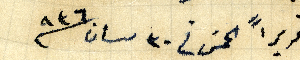
تحريراً الخمس فى ٣٠ نسان/٩٣٦